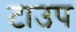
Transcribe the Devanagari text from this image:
टाउप